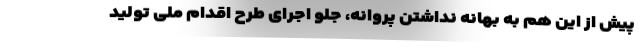
پیش از این هم به بهانه نداشتن پروانه، جلو اجرای طرح اقدام ملی تولید